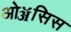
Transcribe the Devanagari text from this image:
ओॲसिस